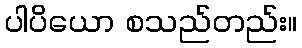
ပါပိယော စသည်တည်း။